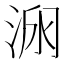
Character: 𱦥